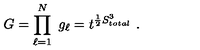
G = \prod _ { \ell = 1 } ^ { N } \ g _ { \ell } = t ^ { \frac { 1 } { 2 } S _ { t o t a l } ^ { 3 } } \ .